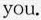
you.